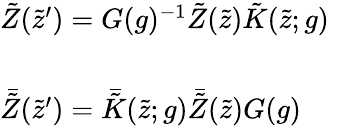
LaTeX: \begin{array}{l}{{\tilde{Z}(\tilde{z}^{\prime})=G(g)^{-1}\tilde{Z}(\tilde{z})\tilde{K}(\tilde{z};g)~~~}}\\ {{{}}}\\ {{\bar{\tilde{Z}}(\tilde{z}^{\prime})=\bar{\tilde{K}}(\tilde{z};g)\bar{\tilde{Z}}(\tilde{z})G(g)}}\end{array}